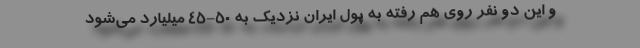
و این دو نفر روی هم رفته به پول ایران نزدیک به 50-45 میلیارد می‌شود